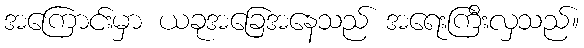
အကြောင်းမှာ ယခုအခြေအနေသည် အရေးကြီးလှသည်။